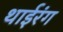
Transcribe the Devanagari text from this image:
थाईरंग